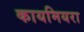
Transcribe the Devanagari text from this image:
कायमियरा